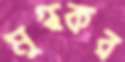
মুগ্ধকর